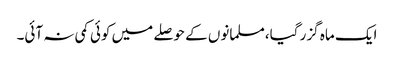
ایک ماہ گزر گیا،مسلمانوں کے حوصلے میں کوئی کمی نہ آئی۔